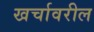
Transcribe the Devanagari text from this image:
खर्चावरील